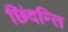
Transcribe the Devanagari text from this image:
छिंदन्ति